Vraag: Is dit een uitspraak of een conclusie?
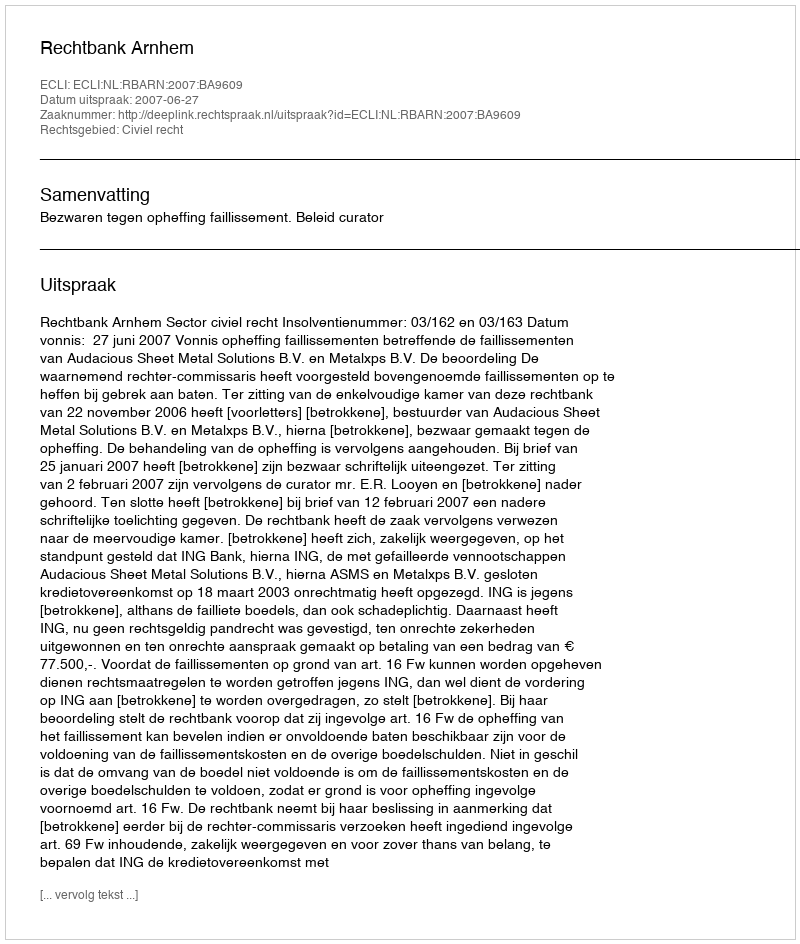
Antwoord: Uitspraak